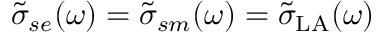
\tilde { \sigma } _ { s e } ( \omega ) = \tilde { \sigma } _ { s m } ( \omega ) = \tilde { \sigma } _ { \mathrm { L A } } ( \omega )